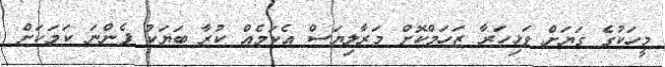
މީހަކުގެ ގަޔަށް ވަޅިހަރާ ޒަހަމްކޮށް މަރާލިޔަސް އެކަމެއް ކުރާ ބަޔަކު ފެންނަ ކަމަކަށް